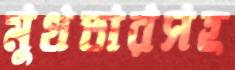
মুখতারসহ